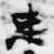
忠